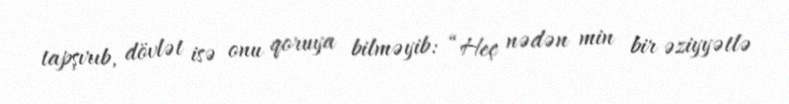
tapşırıb, dövlət isə onu qoruya bilməyib: “Heç nədən min bir əziyyətlə